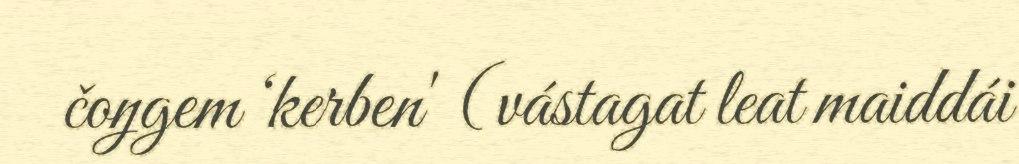
čoŋgem ‘kerben' (vástagat leat maiddái